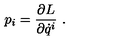
p _ { i } = \frac { \partial L } { \partial \dot { q } ^ { i } } \ .